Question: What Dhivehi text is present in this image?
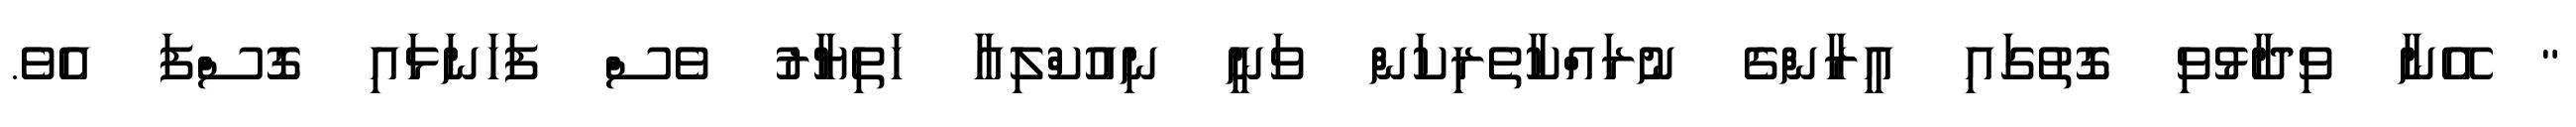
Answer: " އޭނާ ވިދާޅުވި ގޮތުގައި އީރާންގެ ނުރައްކާތެރިކަން ވަނީ ނިއުކްލިއާ ހަތިޔާރު ވެސް ފަހަނަޅައި ގޮސްފަ އެވެ.